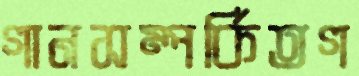
গানসম্পর্কিতগ